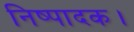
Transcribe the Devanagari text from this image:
निष्पादक।